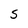
Character: S